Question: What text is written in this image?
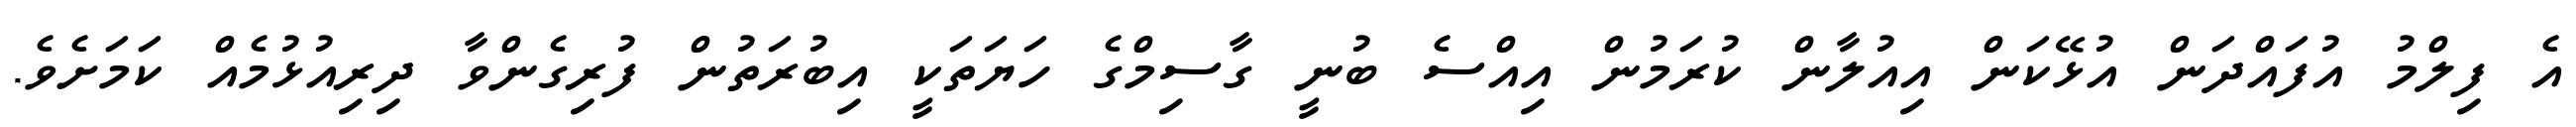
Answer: އެ ފިލްމު އުފައްދަން އުޅޭކަން އިއުލާން ކުރަމުން އިއްސެ ބުނީ ގާސިމްގެ ހަޔަތަކީ އިބުރަތުން ފުރިގެންވާ ދިރިއުޅުމެއް ކަމަށެވެ.